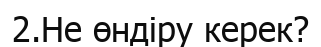
2.Не өндіру керек?